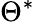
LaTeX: \Theta^{*}